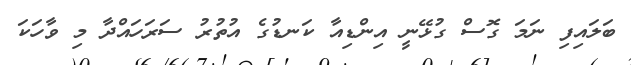
ބަލައިފި ނަމަ ގޮސް ގުޅޭނީ އިންޑިއާ ކަނޑުގެ އުތުރު ސަރަހައްދާ މި ވާހަކަ